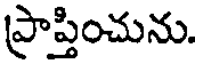
ప్రాప్తించును.